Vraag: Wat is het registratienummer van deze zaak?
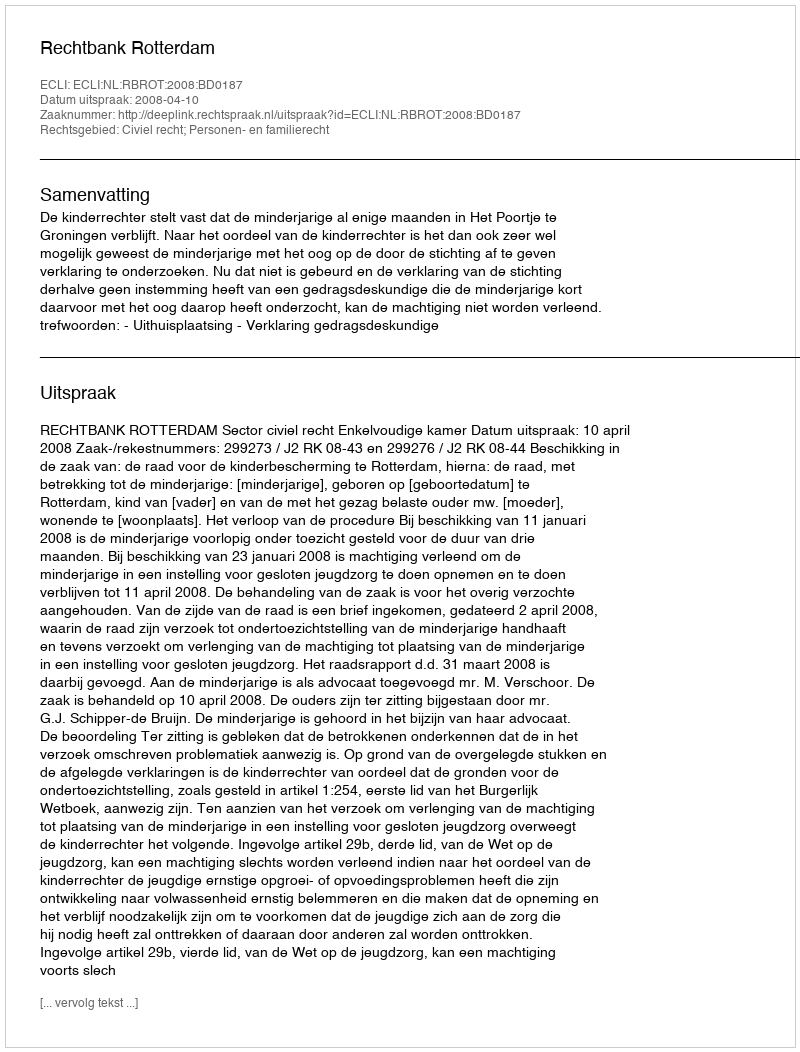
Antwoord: http://deeplink.rechtspraak.nl/uitspraak?id=ECLI:NL:RBROT:2008:BD0187